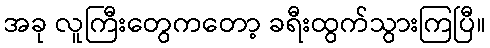
အခု လူကြီးတွေကတော့ ခရီးထွက်သွားကြပြီ။